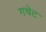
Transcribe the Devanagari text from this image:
गचेट